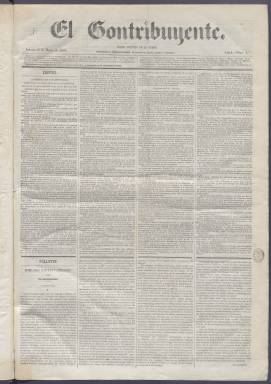
Título: El Contribuyente (Madrid. 1866)
Colección: Periódicos
Ámbito geográfico: Madrid
Lugar de publicación: Madrid
Fechas: 15/03/1866-21/07/1866